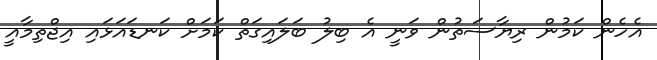
އެހެން ކަމުން ރިޔާސަތުން ވަނީ އެ ބިލު ބަލައިގަތް ކަމަށް ކަނޑައަޅައި އިޖްތިމާއީ